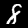
Label: 8